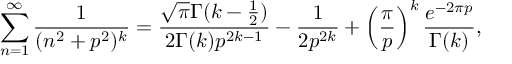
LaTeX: \sum _ { n = 1 } ^ { \infty } \frac { 1 } { ( n ^ { 2 } + p ^ { 2 } ) ^ { k } } = \frac { \sqrt { \pi } \Gamma ( k - \frac { 1 } { 2 } ) } { 2 \Gamma ( k ) p ^ { 2 k - 1 } } - \frac { 1 } { 2 p ^ { 2 k } } + \left( \frac { \pi } { p } \right) ^ { k } \frac { e ^ { - 2 \pi p } } { \Gamma ( k ) } ,